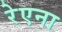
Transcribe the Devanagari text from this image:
रेएना